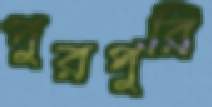
পুরপুরি